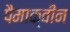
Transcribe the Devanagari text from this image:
पैमाक्वीन